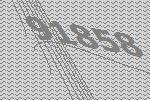
91858